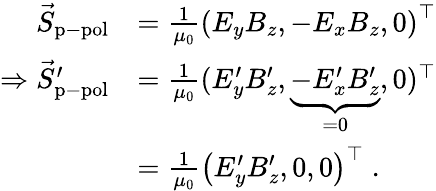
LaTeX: \begin{array}{rl}{\vec{S}_{\mathrm{p-pol}}}&{=\frac{1}{\mu_{0}}\left(E_{y}B_{z},-E_{x}B_{z},0\right)^{\top}}\\ {\Rightarrow\vec{S}_{\mathrm{p-pol}}^{\prime}}&{=\frac{1}{\mu_{0}}(E_{y}^{\prime}B_{z}^{\prime},\underbrace{-E_{x}^{\prime}B_{z}^{\prime}}_{=0},0)^{\top}}\\ &{=\frac{1}{\mu_{0}}\left(E_{y}^{\prime}B_{z}^{\prime},0,0\right)^{\top}\; .}\end{array}